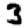
Digit: 3